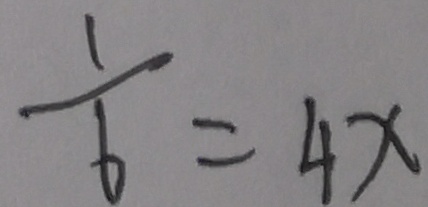
\frac { 1 } { 6 } = 4 x